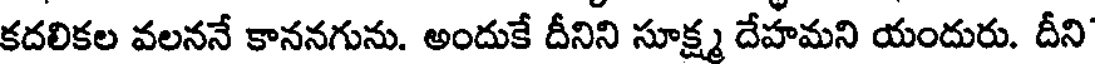
కదలికల వలననే కాననగును. అందుకే దీనిని సూక్ష్మ దేహమని యందురు. దీని